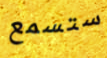
ستسمع